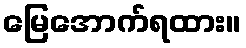
မြေအောက်ရထား။